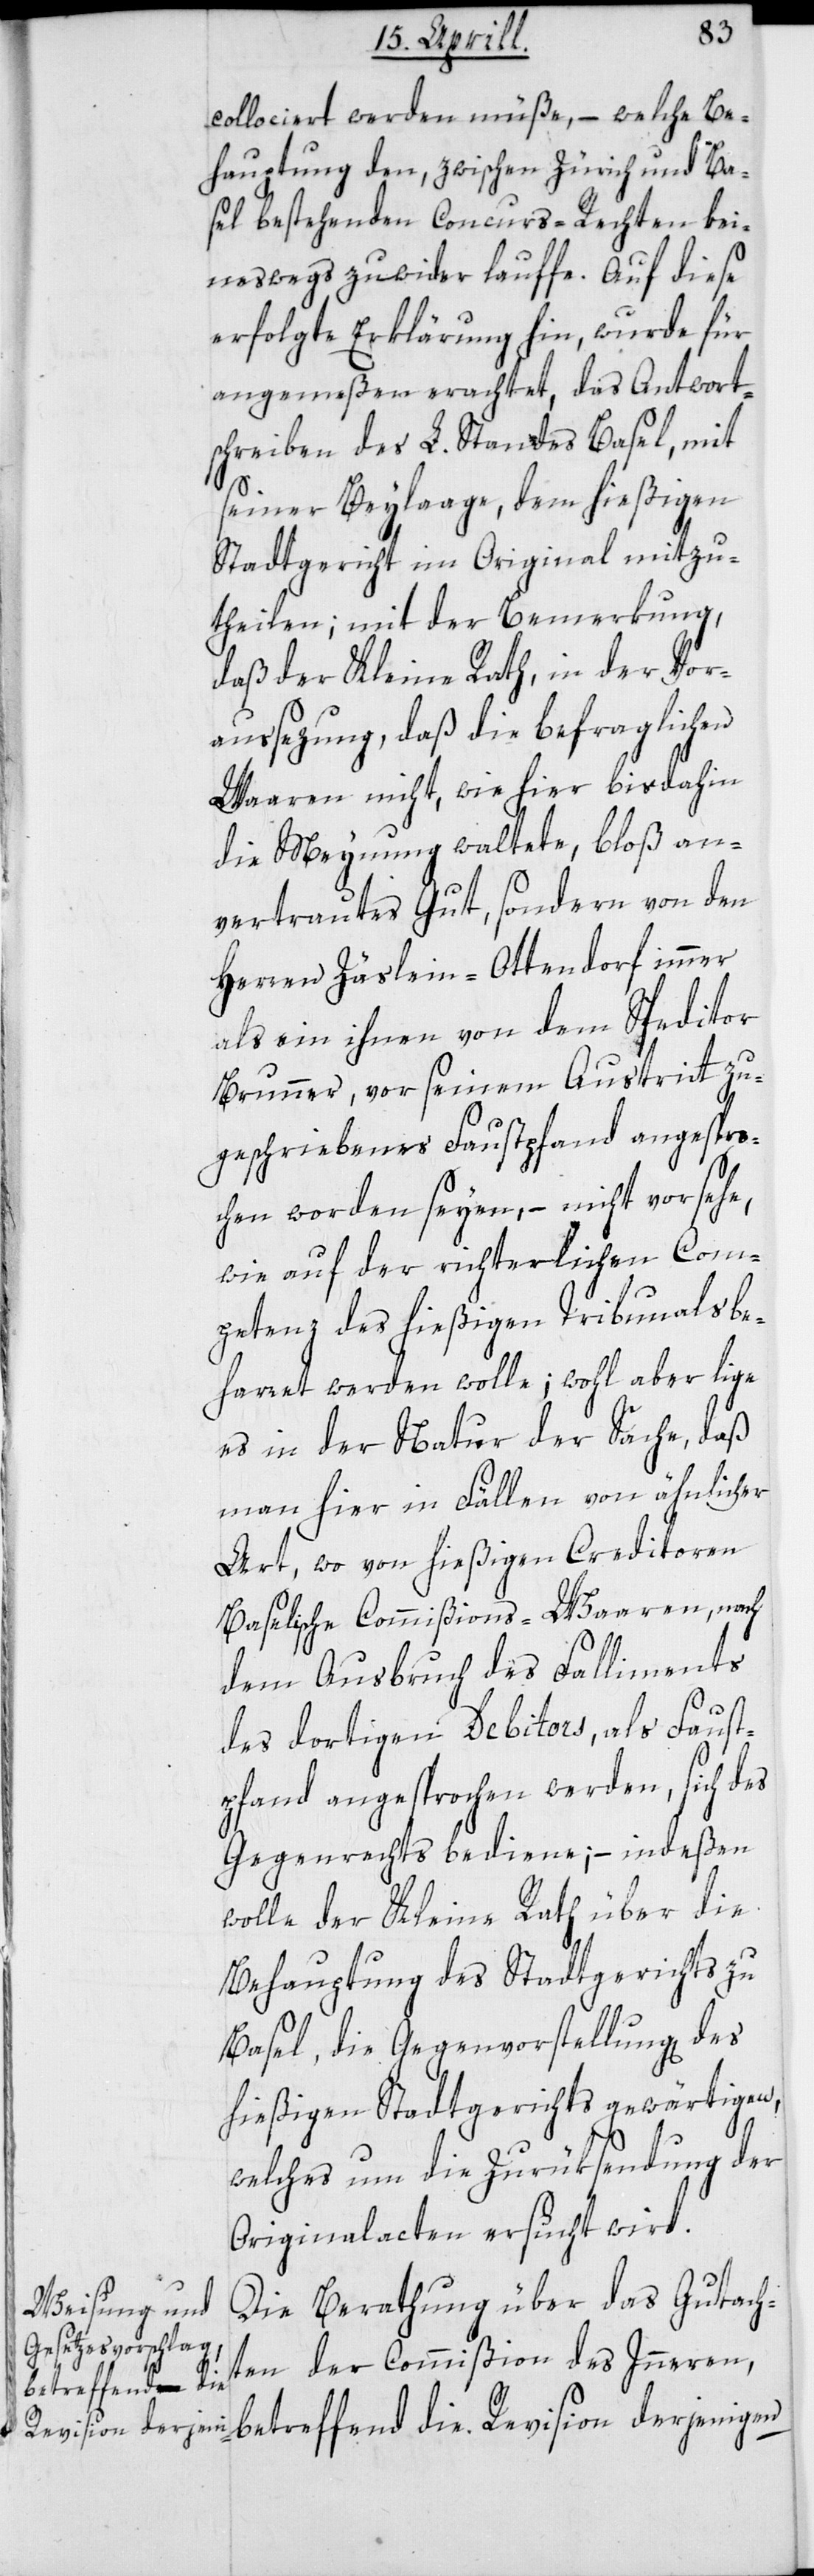
collociert werden müße, – welche Be¬
hauptung den zwischen Zürich und Ba¬
sel bestehenden Concurs-Rechten kei¬
neswegs zuwider lauffe. Auf diese
erfolgte Erklärung hin wurde für
angemeßen erachtet, das Antwort¬
schreiben des L. Standes Basel, mit
seiner Beylage dem hießigen
Stadtgericht im Original mitzu¬
theilen; mit der Bemerkung,
daß der Kleine Rath, in der Vor¬
aussezung, daß die befraglichen
Waaren nicht wie hier bisdahin
die Meynung waltete, bloß an¬
vertrautes Gut, sondern von den
Herren Zäslein-Ottendorf immer
als ein ihnen von dem Speditor
Brunner, vor seinem Austritt zu¬
geschriebenes Faustpfand angespro¬
chen worden seyen, – nicht vorsehe,
wie auf der richterlichen Com¬
petenz des hießigen Tribunals be¬
harret werden wolle; wohl aber lige
es in der Natur der Sache, daß
man hier in Fällen von ähnlicher
Art, wo von hießigen Creditoren
Baselische Commißions-Waaren nach
dem Ausbruch des Falliments
des dortigen Debitors, als Faust¬
pfand angesprochen werden, sich des
Gegenrechts bediene, – indeßen
wolle der Kleine Rath über die
Behauptung des Stadtgerichts zu
Basel, die Gegenvorstellung des
hießigen Stadtgerichts gewärtigen,
welches um die Zurüksendung der
Originalacten ersucht wird.
Die Berathung über das Gutach¬
ten der Commißion des Innern,
betreffend die Revision derjenigen